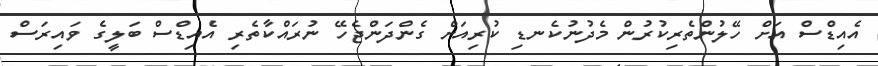
އެއިޑްސް އަށް ހޭލުންތެރިކުރުން މެދުނުކެނޑި ކުރިއަށް ގެންދަންޖެހޭ ނުރައްކާތެރި އެއިޑްސް ބަލީގެ ވައިރަސް